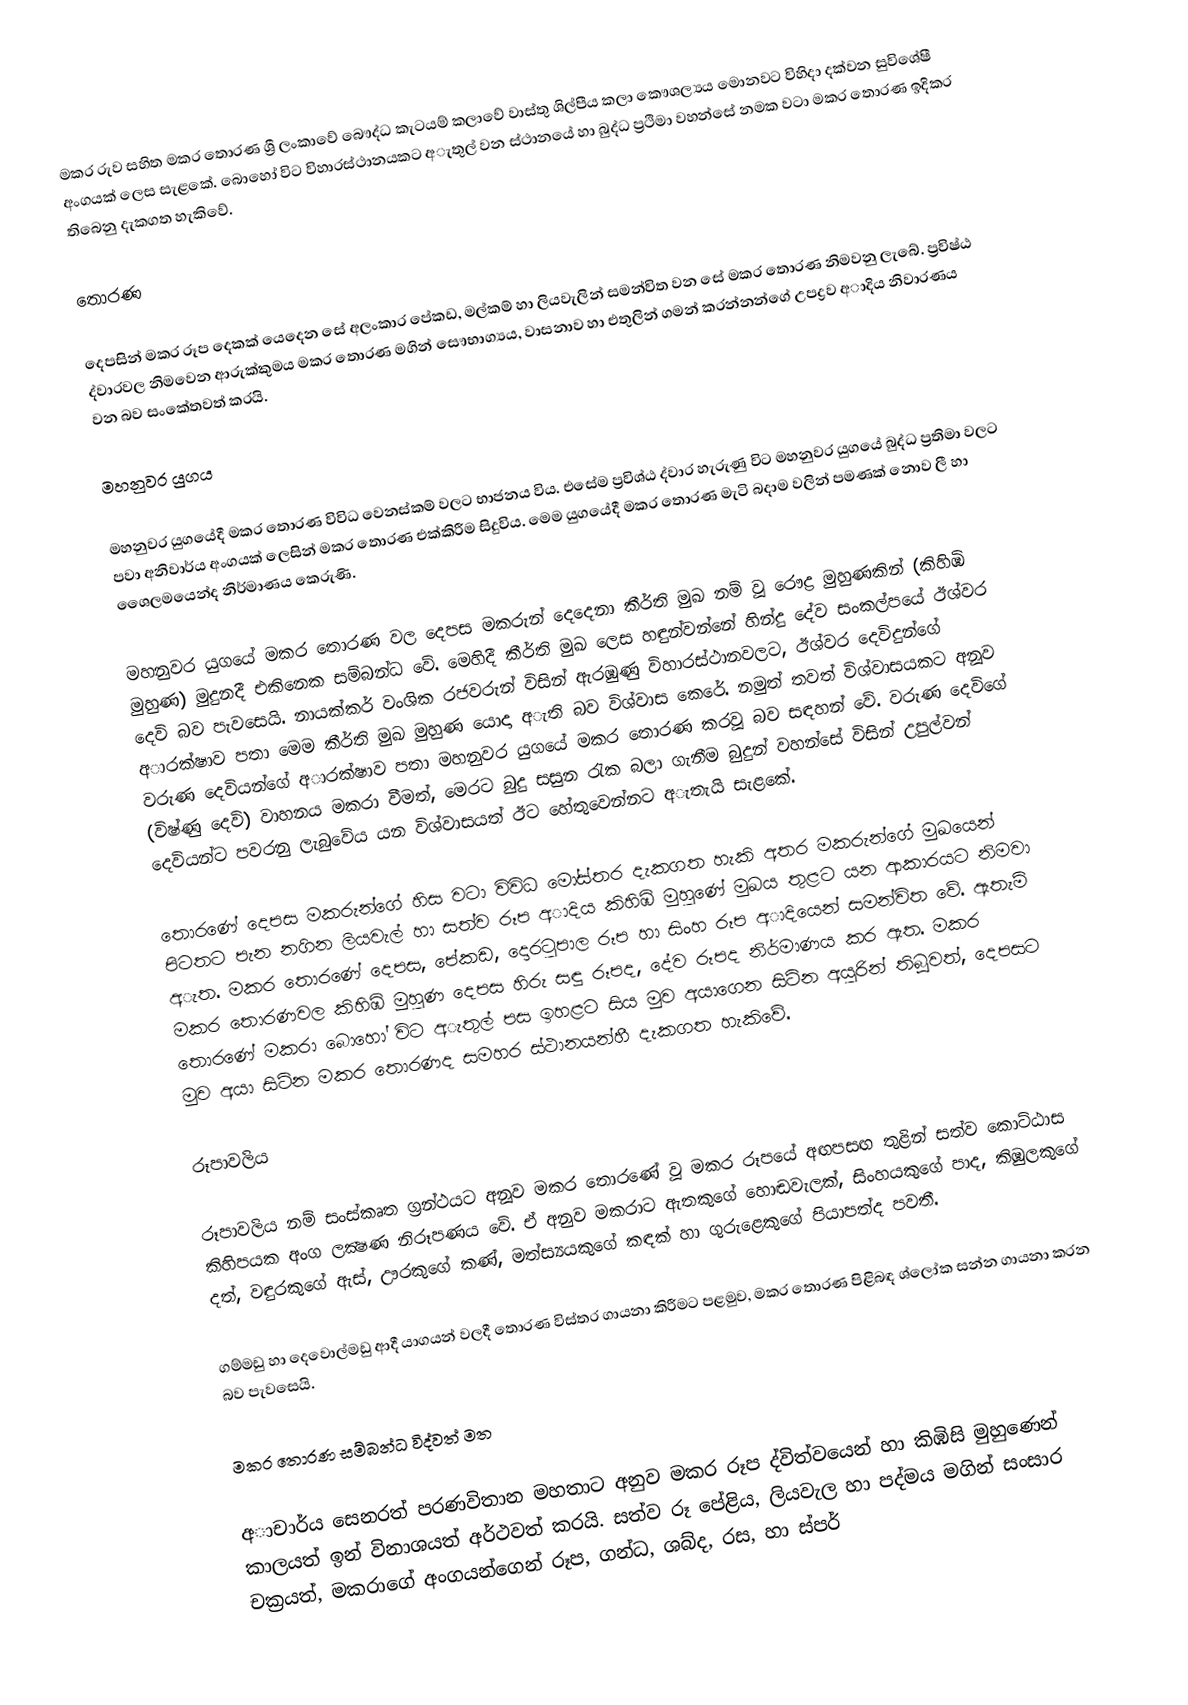
මකර රුව සහිත මකර තොරණ ශ්‍රී ලංකාවේ බෞද්ධ කැටයම් කලාවේ වාස්තු ශිල්පීය කලා කෞශල්‍යය මොනවට විහිදා දක්වන සුවිශේෂී අංගයක් ලෙස සැළකේ.  බොහෝ විට විහාරස්ථානයකට අැතුල් වන ස්ථානයේ හා බුද්ධ ප්‍රථිමා වහන්සේ නමක වටා මකර තොරණ ඉදිකර තිබෙනු දැකගත හැකිවේ.

තොරණ

දෙපසින් මකර රූප දෙකක් යෙදෙන සේ අලංකාර පේකඩ, මල්කම් හා ලියවැලින් සමන්විත වන සේ මකර තොරණ නිමවනු ලැබේ. ප්‍රවිෂ්ඨ ද්වාරවල නිමවෙන ආරුක්කුමය මකර තොරණ මගින් සෞභාග්‍යය, වාසනාව හා එතුලින් ගමන් කරන්නන්ගේ උපද්‍රව අාදිය නිවාරණය වන බව සංකේතවත් කරයි.

මහනුවර යුගය

මහනුවර යුගයේදී මකර තොරණ විවිධ වෙනස්කම් වලට භාජනය විය. එසේම ප්‍රවිශ්ඨ ද්වාර හැරුණු විට මහනුවර යුගයේ බුද්ධ ප්‍රතිමා වලට පවා අනිවාර්ය අංගයක් ලෙසින් මකර තොරණ එක්කිරීම සිදුවිය. මෙම යුගයේදී මකර තොරණ මැටි බදාම වලින් පමණක් නොව ලී හා ශෛලමයෙන්ද නිර්මාණය කෙරුණි.

මහනුවර යුගයේ මකර තොරණ වල දෙපස මකරුන් දෙදෙනා කීර්ති මුඛ නම් වූ රෞද්‍ර මුහුණකින් (කිහිඹි මුහුණ) මුදුනදී එකිනෙක සම්බන්ධ වේ. මෙහිදී කීර්ති මුඛ ලෙස හඳුන්වන්නේ හින්දු දේව සංකල්පයේ ඊශ්වර දෙවි බව පැවසෙයි. නායක්කර් වංශික රජවරුන් විසින් ඇරඹුණු විහාරස්ථානවලට, ඊශ්වර දෙවිදුන්ගේ අාරක්ෂාව පතා මෙම  කීර්ති මුඛ මුහුණ යොදා අැති බව විශ්වාස කෙරේ.  නමුත් තවත් විශ්වාසයකට අනූව වරුණ දෙවියන්ගේ අාරක්ෂාව පතා මහනුවර යුගයේ මකර තොරණ කරවූ බව සඳහන් වේ. වරුණ දෙවිගේ (විෂ්ණු දෙවි) වාහනය මකරා වීමත්, මෙරට බුදු සසුන රැක බලා ගැනීම බුදුන් වහන්සේ විසින් උපුල්වන් දෙවියන්ට පවරනු ලැබුවේය යන විශ්වාසයත් ඊට හේතුවෙන්නට අැතැයි සැළකේ.

තොරණේ දෙපස මකරුන්ගේ හිස වටා විවිධ මෝස්තර දැකගත හැකි අතර මකරුන්ගේ මුඛයෙන් පිටතට පැන නගින ලියවැල් හා සත්ව රූප අාදිය කිහිඹි මුහුණේ මුඛය තුළට යන ආකාරයට නිමවා අැත. මකර තොරණේ දෙපස, පේකඩ, දොරටුපාල රූප හා සිංහ රූප අාදියෙන් සමන්විත වේ. ඇතැම් මකර තොරණවල කිහිඹි මුහුණ දෙපස හිරු සඳු රූපද, දේව රූපද නිර්මාණය කර ඇත. මකර තොරණේ මකරා බොහෝ විට අැතුල් පස ඉහළට සිය මුව අයාගෙන සිටින අයුරින් තිබූවත්, දෙපසට මුව අයා සිටින මකර තොරණද සමහර ස්ථානයන්හී දැකගත හැකිවේ.

රූපාවලිය

රූපාවලිය නම් සංස්කෘත ග්‍රන්ථයට අනූව මකර තොරණේ වූ මකර රූපයේ අඟපසඟ තුළින් සත්ව කොට්ඨාස කිහිපයක අංග ලක්‍ෂණ නිරූපණය වේ. ඒ අනුව මකරාට ඇතකුගේ හොඬවැලක්, සිංහයකුගේ පාද, කිඹුලකුගේ දත්, වඳුරකුගේ ඇස්, ඌරකුගේ කණ්, මත්ස්‍යයකුගේ කඳක් හා ගුරුළෙකුගේ පියාපත්ද පවතී.

ගම්මඩු හා දෙවොල්මඩු ආදී යාගයන් වලදී තොරණ විස්තර ගායනා කිරීමට පළමුව, මකර තොරණ පිළිබඳ ශ්ලෝක සන්න ගායනා කරන බව පැවසෙයි.

මකර තොරණ සම්බන්ධ විද්වත් මත

අාචාර්ය  සෙනරත් පරණවිතාන මහතාට අනුව මකර රූප ද්විත්වයෙන් හා කිඹිසි මුහුණෙන් කාලයත් ඉන් විනාශයත් අර්ථවත් කරයි. සත්ව රූ පේළිය, ලියවැල හා පද්මය මගින් සංසාර චක්‍රයත්, මකරාගේ අංගයන්ගෙන් රූප, ගන්ධ, ශබ්ද, රස, හා ස්පර්